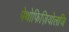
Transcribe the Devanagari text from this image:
पेथोफिज़ियोलजि